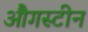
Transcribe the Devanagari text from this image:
औगस्टीन